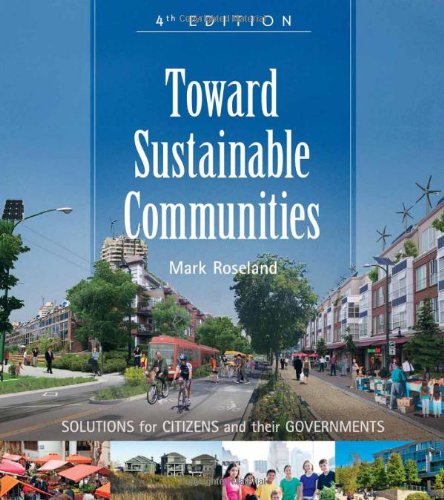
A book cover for Toward Sustainable Communities: Solutions for Citizens and Their Governments; Mark Roseland; Business & Money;